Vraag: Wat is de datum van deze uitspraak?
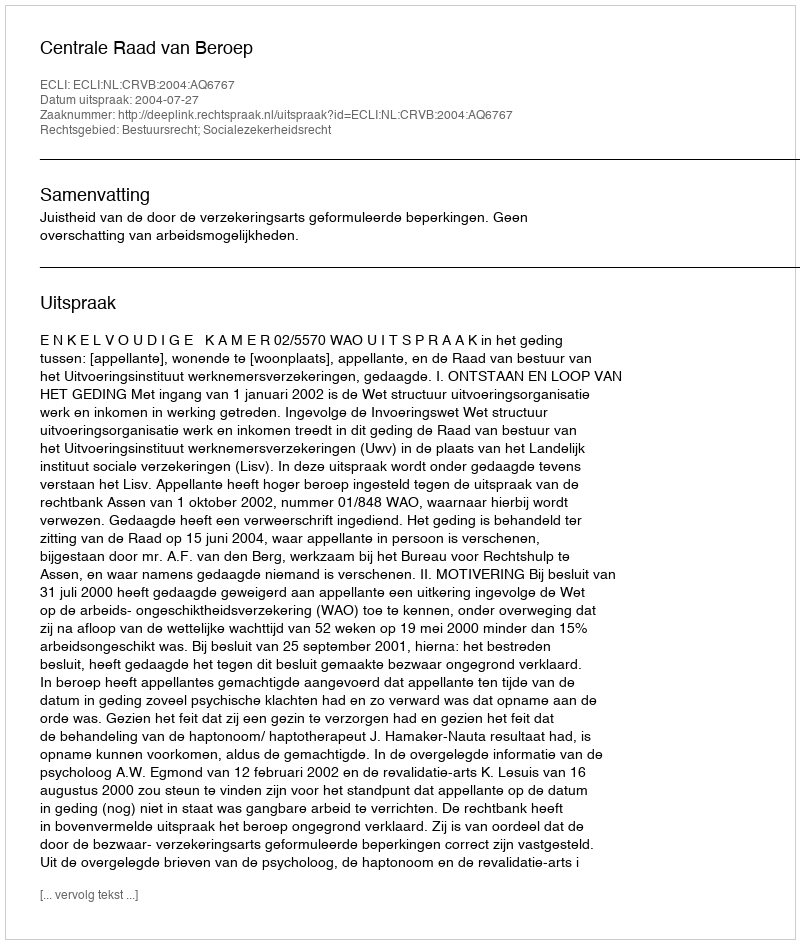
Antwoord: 2004-07-27